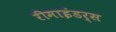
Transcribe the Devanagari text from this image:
रीमाइंडर्स